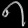
Digit: ၈